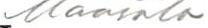
Maasala